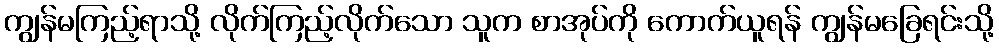
ကျွန်မကြည့်ရာသို့ လိုက်ကြည့်လိုက်သော သူက စာအုပ်ကို ကောက်ယူရန် ကျွန်မခြေရင်းသို့